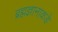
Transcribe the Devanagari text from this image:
ब्रह्मज्ञानाकडे